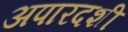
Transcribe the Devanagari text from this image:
अपारदशी